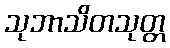
သုဘာသိတသုတ္တ